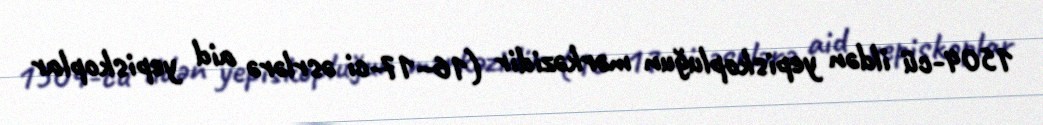
1504-cü ildən yepiskopluğun mərkəzidir (16–17-ci əsrlərə aid yepiskoplar